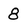
Character: 8